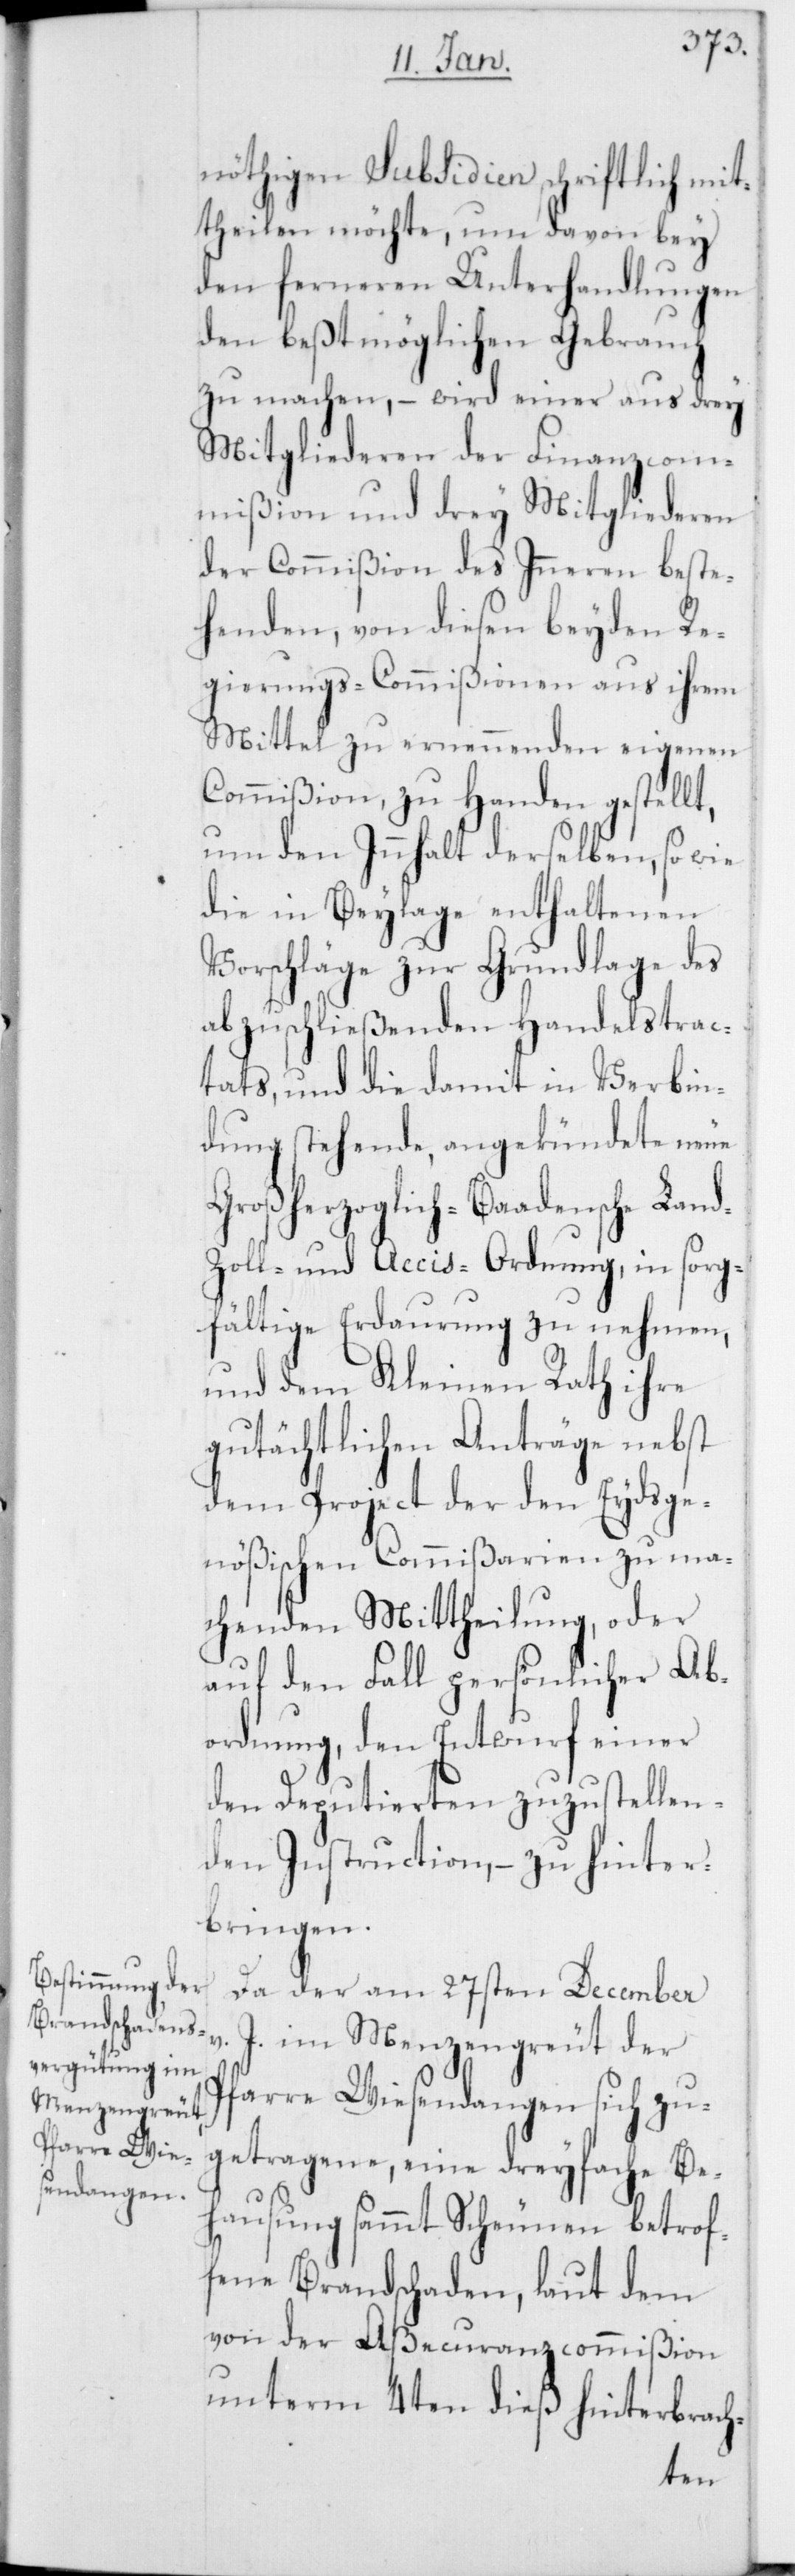
d-[,]
nöthigen Subsidien schriftlich mit¬
theilen möchte, um davon bey
den ferneren Unterhandlungen
den beßtmöglichen Gebrauch
zu machen, – wird einer aus drey
Mitgliederen der Finanzcom¬
mißion und drey Mitgliederen
der Commißion des Inneren beste¬
henden, von diesen beyden Re¬
gierungs-Commißionen aus ihrem
Mittel zu ernennenden eigenen
Commißion, zu Handen gestellt,
um den Innhalt derselben, so wie
die in Beylage enthaltenen
Vorschläge zur Grundlage des
abzuschließenden Handelstrac¬
tats, und die damit in Verbin¬
dung stehende, angekündete neue
Großherzoglich-Baadensche Lan¬
Zoll- und Accis-Ordnung, in sorg¬
fältige Erdaurung zu nehmen,
und dem Kleinen Rath ihre
gutächtlichen Anträge nebst
dem Project der den Eydsge¬
nößischen Commißarien zu ma¬
chenden Mittheilung, oder
auf den Fall persönlicher Ab¬
ordnung, den Entwurf einer
den Deputierten zuzustellen¬
den Instruction, – zu hinter¬
bringen.
Da der am 27sten December
v. J. im Menzengreut der
Pfarre Wiesendangen sich zu¬
getragene, eine dreyfache Be¬
hausung sammt Scheunen betrof¬
fene Brandschaden, laut dem
von der Aßecuranzcommißion
unterm 4ten dieß hinterbrach-